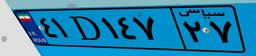
۶۲D۷۱۳۴۶